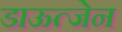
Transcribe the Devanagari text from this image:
डाऊत्जेन